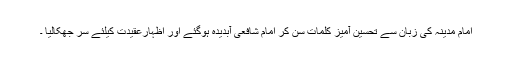
امام مدینہ کی زبان سے تحسین آمیز کلمات سن کر امام شافعیؒ آبدیدہ ہوگئے اور اظہارعقیدت کیلئے سر جھکالیا ۔